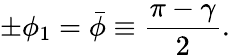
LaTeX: \pm\phi_{1}=\bar{\phi}\equiv{\frac{\pi-\gamma}{2}}.